Lunatic asylums Punjab 1895-1910 - 1895-1910
Year: 1895
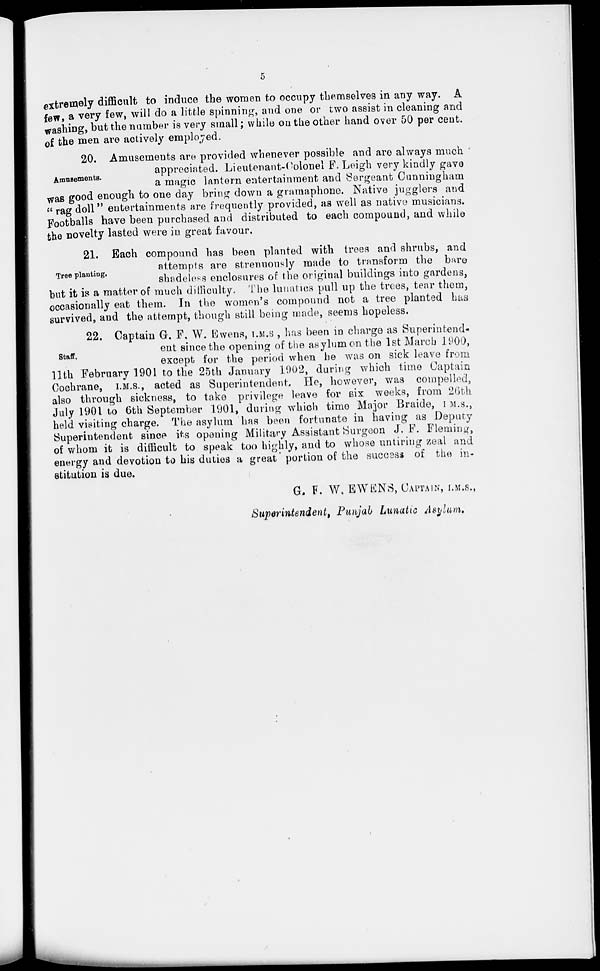
5
extremely difficult to induce the women to occupy themselves in any way. A
few, a very few, will do a little spinning, and one or two assist in cleaning and
washing, but the number is very small; while on the other hand over 50 per cent.
of the men are actively employed.
Amusements.
20. Amusements are provided whenever possible and are always much
appreciated. Lieutenant-Colonel F. Leigh very kindly gave
a magic lantern entertainment and Sergeant Cunningham
was good enough to one day bring down a gramaphone. Native jugglers and
" rag doll" entertainments are frequently provided, as well as native musicians.
Footballs have been purchased and distributed to each compound, and while
the novelty lasted were in great favour.
Tree planting.
21. Each compound has been planted with trees and shrubs, and
attempts are strenuously made to transform the bare
shadeless enclosures of the original buildings into gardens,
but it is a matter of much difficulty. The lunatics pull up the trees, tear them,
occasionally eat them. In the women's compound not a tree planted has
survived, and the attempt, though still being made, seems hopeless.
Staff.
22. Captain G. F. W. Ewens, I.M.S , has been in charge as Superintend-
ent since the opening of the asylum on the 1st March 1900,
except for the period when he was on sick leave from
11th February 1901 to the 25th January 1902, during which time Captain
Cochrane, I.M.S., acted as Superintendent, He, however, was compelled,
also through sickness, to take privilege leave for six weeks, from 26th
July 1901 to 6th September 1901, during which time Major Braide, I.M.S.,
held visiting charge. The asylum has been fortunate in having as Deputy
Superintendent since its opening Military Assistant Surgeon J. F. Fleming,
of whom it is difficult to speak too highly, and to whose untiring zeal and
energy and devotion to his duties a great portion of the success of the in-
stitution is due.
G. F. W. EWENS, CAPTAIN, I.M.S.,
Superintendent, Punjab Lunatic Asylum.